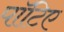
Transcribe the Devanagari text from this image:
पॉटिए